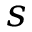
s